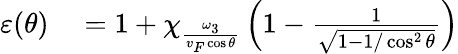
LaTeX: \begin{array}{rl}{\varepsilon(\theta)}&{{}=1+\chi_{\frac{\omega_{3}}{v_{F}\cos\theta}}\left(1-\frac{1}{\sqrt{1-1/\cos^{2}\theta}}\right)}\end{array}